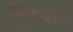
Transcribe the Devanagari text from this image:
मुक्तराम